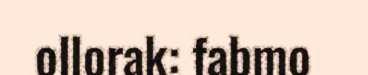
ollorak: fabmo